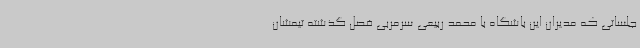
جلساتی که مدیران این باشگاه با محمد ربیعی سرمربی فصل گذشته تیمشان